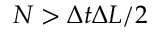
N > \Delta t \Delta L / 2